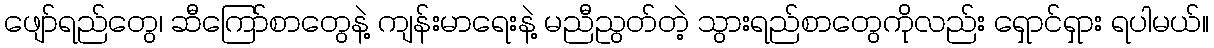
ဖျော်ရည်တွေ၊ ဆီကြော်စာတွေနဲ့ ကျန်းမာရေးနဲ့ မညီညွတ်တဲ့ သွားရည်စာတွေကိုလည်း ရှောင်ရှား ရပါမယ်။